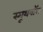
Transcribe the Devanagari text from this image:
स्मूथवॉल